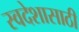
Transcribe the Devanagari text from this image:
स्वदेशासाठी